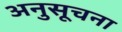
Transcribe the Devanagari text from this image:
अनुसूचना